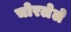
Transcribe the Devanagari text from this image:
चोरलेले